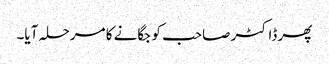
پھر ڈاکٹر صاحب کو جگانے کا مرحلہ آیا۔